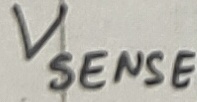
Text: Vsense